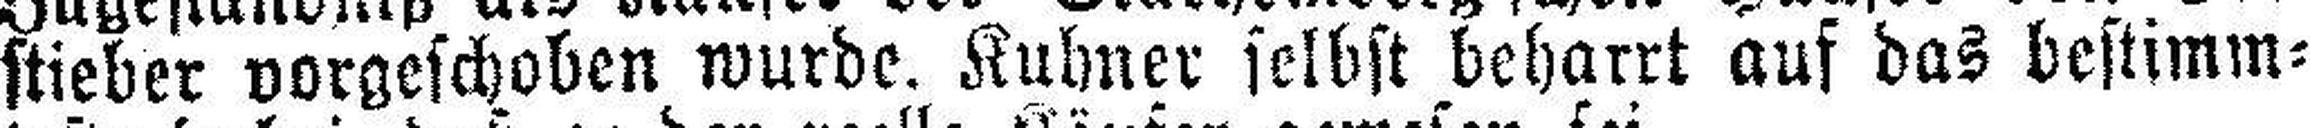
stieber vorgeschoben wurde. Kuhner selbst beharrt auf das bestimm¬